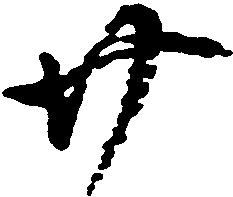
廿